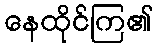
နေထိုင်ကြ၏